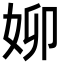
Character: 㚹